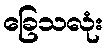
ခြေသလုံး